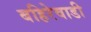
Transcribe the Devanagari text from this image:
बहिरेवाडी